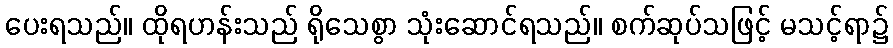
ပေးရသည်။ ထိုရဟန်းသည် ရိုသေစွာ သုံးဆောင်ရသည်။ စက်ဆုပ်သဖြင့် မသင့်ရာ၌